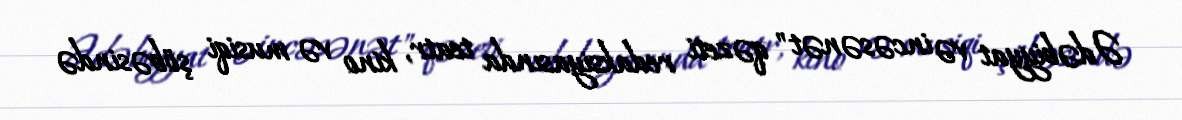
Ədəbiyyat və incəsənət" qəzeti redaksiyasında teatr, kino və musiqi şöbəsində